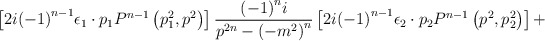
\begin{align*}\left[ 2i {\left(-1\right)}^{n-1}{\epsilon}_1 \cdot p_1 P^{n-1} \left( p_1^2,p^2 \right) \right]\frac { {\left(-1\right) }^n i } { p^{2n} - {\left( -m^2 \right)}^n }\left[ 2i {\left(-1\right)}^{n-1} {\epsilon}_2 \cdot p_2 P^{n-1}\left( p^2,p_2^2 \right) \right]+\end{align*}